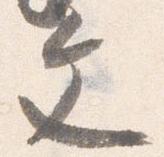
文